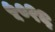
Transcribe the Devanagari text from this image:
५०१६